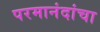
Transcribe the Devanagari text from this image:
परमानंदांचा